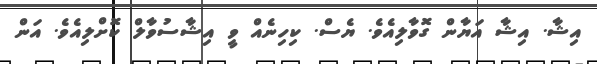
އިޝާ. އިޝާ އަޔާން ގޮވާލިއެވެ. ޔެސް. ކިހިނެއް ވީ އިޝާސުވާލް ކޮށްލިއެވެ. އަން